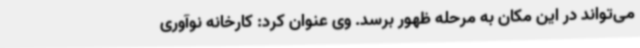
می‌تواند در این مکان به مرحله ظهور برسد. وی عنوان کرد: کارخانه نوآوری